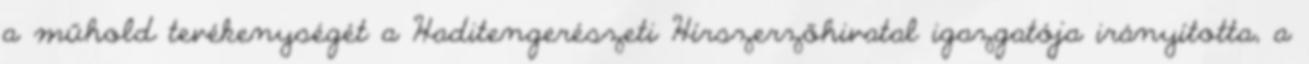
a műhold tevékenységét a Haditengerészeti Hírszerzőhivatal igazgatója irányította, a